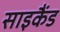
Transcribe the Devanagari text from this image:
साइकैंड